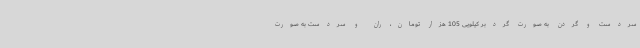
سردست و گردن به صورت گردبر کیلویی 105 هزار تومان، ران و سردست به صورت